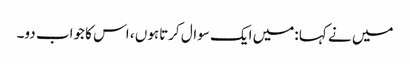
میں نے کہا :میں ایک سوال کرتاہوں ، اس کا جواب دو۔